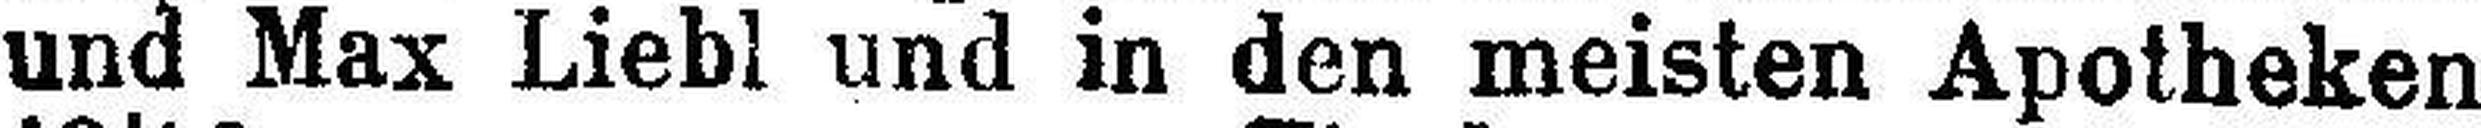
und Max Liebl und in den meisten Apotheken